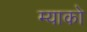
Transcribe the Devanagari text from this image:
म्याको